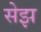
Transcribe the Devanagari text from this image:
सेझ